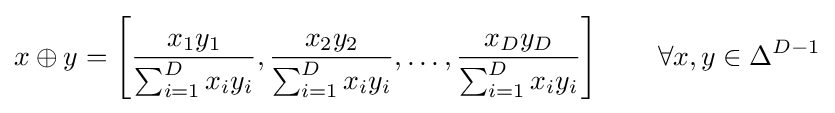
x\oplus y=\left[{\frac {x_{1}y_{1}}{\sum _{i=1}^{D}x_{i}y_{i}}},{\frac {x_{2}y_{2}}{\sum _{i=1}^{D}x_{i}y_{i}}},\dots ,{\frac {x_{D}y_{D}}{\sum _{i=1}^{D}x_{i}y_{i}}}\right]\qquad \forall x,y\in \Delta ^{D-1}